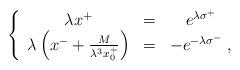
LaTeX: \begin{align*}\left\{\begin{array}{ccc}\lambda x^+&=&e^{\lambda\sigma^+}\\\lambda\left(x^-+{M\over{\lambda^3x^+_0}}\right)&=&-e^{-\lambda\sigma^-}\;,\end{array}\right.\end{align*}